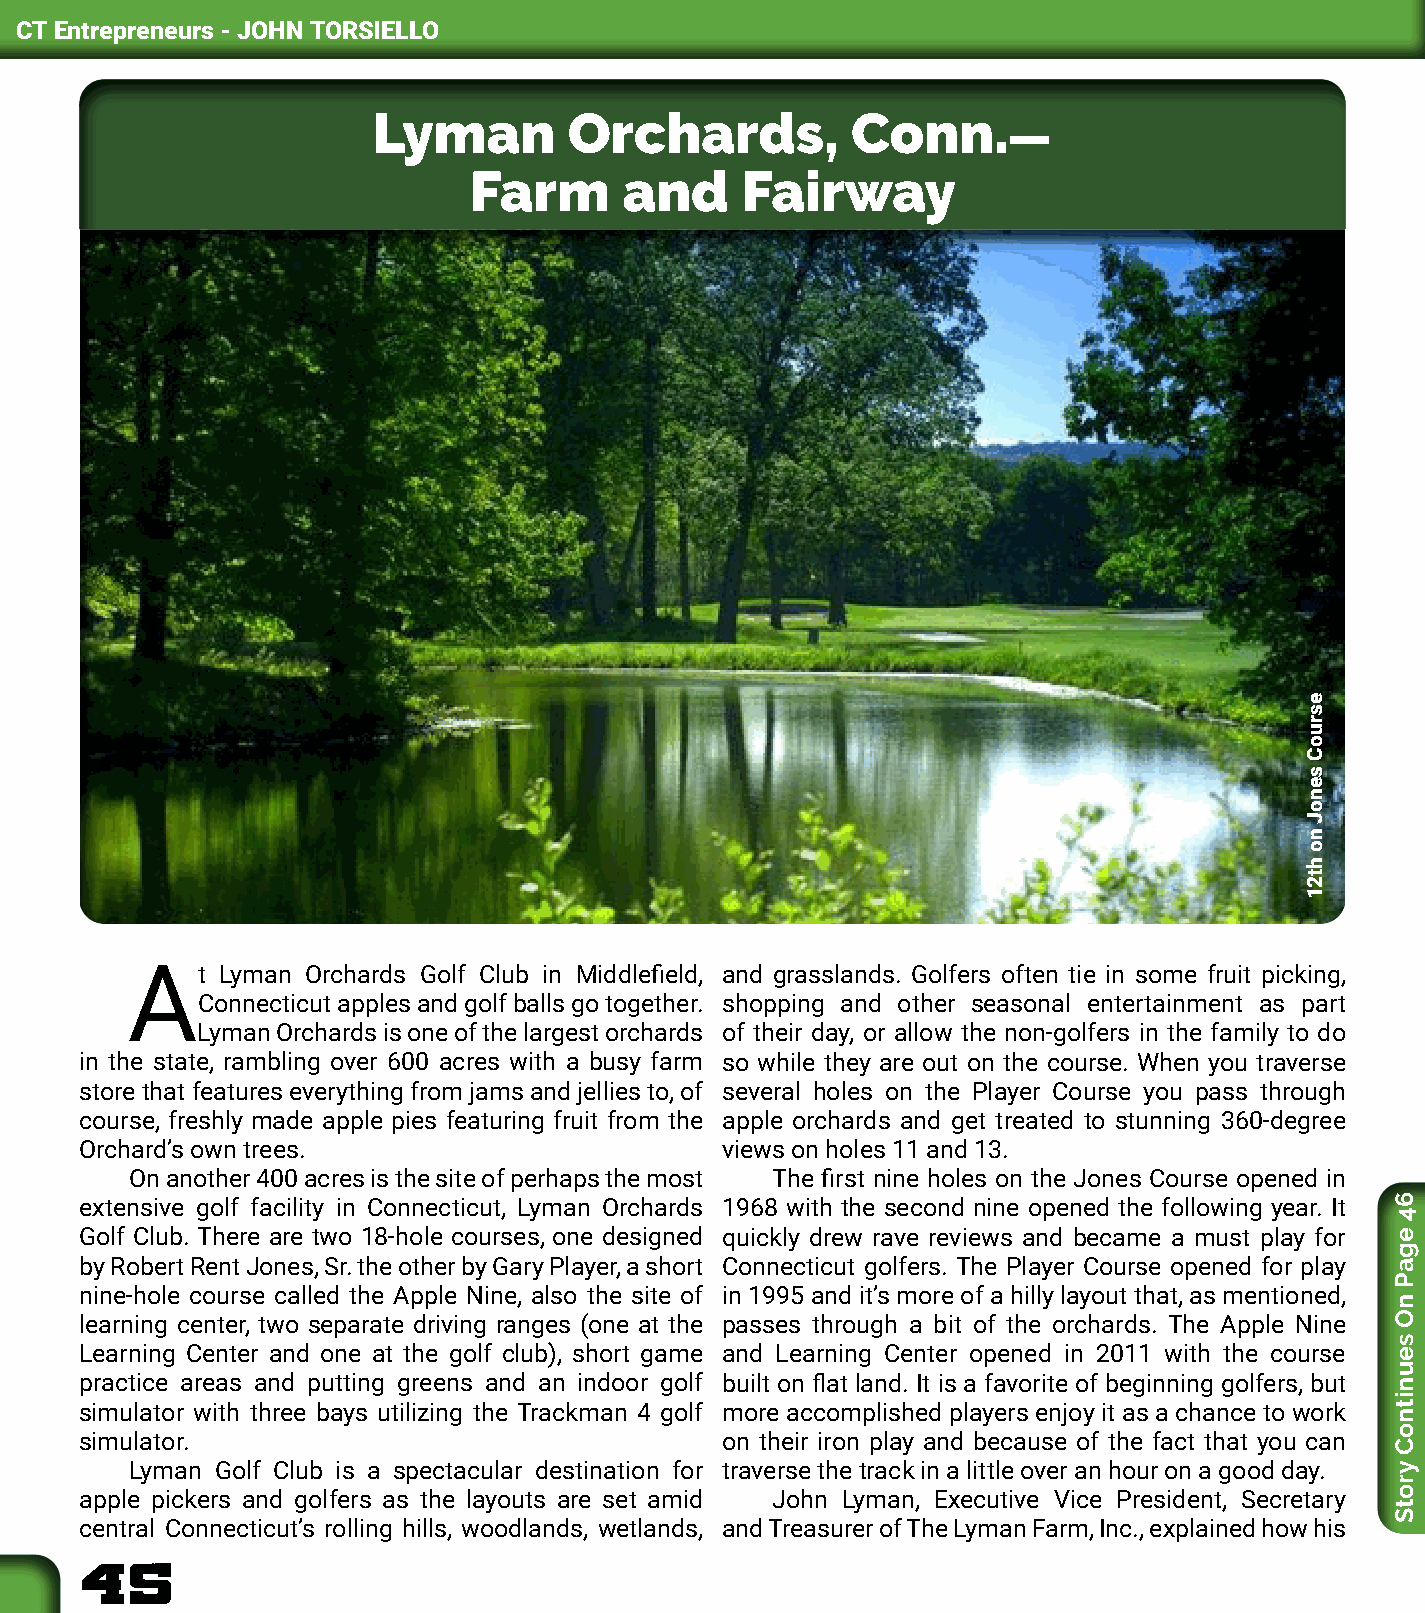
CT Entrepreneurs - JOHN TORSIELLO
 Lyman        Orchards,         Conn.
 —
 Farm      and     Fairway
 At    Lyman Orchards Golf Club in Middlefield, and grasslands. Golfers often tie in some fruit picking,
 Connecticut apples and golf balls go together. shopping and other seasonal entertainment as part
 Lyman Orchards is one of the largest orchards of their day, or allow the non-golfers in the family to do
 in the state, rambling over 600 acres with a busy farm so while they are out on the course. When you traverse
 store that features everything from jams and jellies to, of several holes on the Player Course you pass through
 course, freshly made apple pies featuring fruit from the apple orchards and get treated to stunning 360-degree
 Orchard’s own trees.                       views on holes 11 and 13.
 On another 400 acres is the site of perhaps the most The first nine holes on the Jones Course opened in
 extensive golf facility in Connecticut, Lyman Orchards 1968 with the second nine opened the following year. It
 Golf Club. There are two 18-hole courses, one designed quickly drew rave reviews and became a must play for
 by Robert Rent Jones, Sr. the other by Gary Player, a short Connecticut golfers. The Player Course opened for play
 nine-hole course called the Apple Nine, also the site of in 1995 and it’s more of a hilly layout that, as mentioned,
 learning center, two separate driving ranges (one at the passes through a bit of the orchards. The Apple Nine
 Learning Center and one at the golf club), short game and Learning Center opened in 2011 with the course
 practice areas and putting greens and an indoor golf built on flat land. It is a favorite of beginning golfers, but
 simulator with three bays utilizing the Trackman 4 golf more accomplished players enjoy it as a chance to work
 simulator.                                 on their iron play and because of the fact that you can
 Lyman Golf Club is a spectacular destination for traverse the track in a little over an hour on a good day.
 apple pickers and golfers as the layouts are set amid John Lyman, Executive Vice President, Secretary
 central Connecticut’s rolling hills, woodlands, wetlands, and Treasurer of The Lyman Farm, Inc., explained how his
 45
 esruoC
 senoJ
 no
 ht21
 64
 egaP
 nO
 seunitnoC
 yrotS